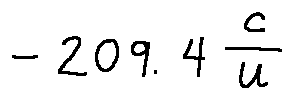
- 2 0 9 . 4 \frac { c } { u }